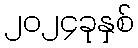
၂၀၂၄ခုနှစ်